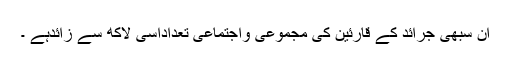
ان سبھی جرائد کے قارئین کی مجموعی واجتماعی تعداداسی لاکھ سے زائدہے ۔